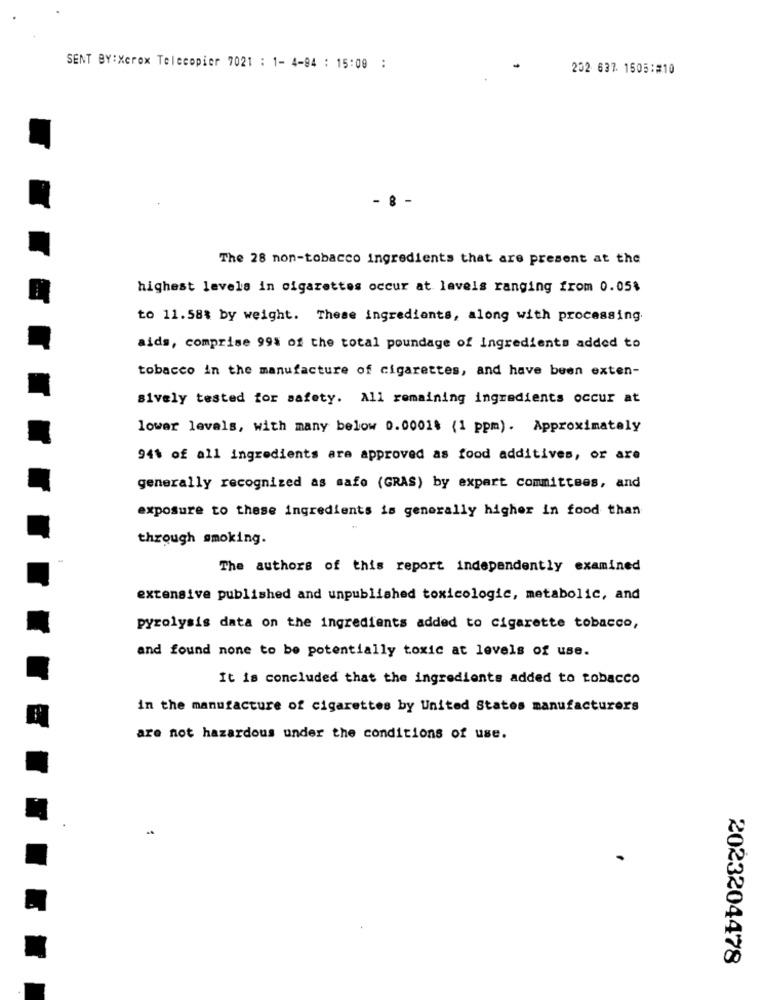
SENT BY:Xerox Telecopier 7021 : 1- 4-94 : 15:00 :
202 637. 1505:#10
- 8
The 28 non-tobacco ingredients that are present at the
highest levels in cigarettes occur at levels ranging from 0.05$
to 11.58% by weight. These ingredients, along with processing.
aids, comprise 99% of the total poundage of ingredients added to
tobacco in the manufacture of cigarettes, and have been exten-
sively tested for safety. All remaining ingredients occur at
lower levels, with many below 0.0001$ (1 ppm). Approximately
94% of all ingredients are approved as food additives, or are
generally recognized as safe (GRAS) by expert committees, and
exposure to these ingredients is generally higher in food than
through smoking.
The authors of this report independently examined
extensive published and unpublished toxicologic, metabolic, and
pyrolysis data on the ingredients added to cigarette tobacco,
and found none to be potentially toxic at levels of use.
It is concluded that the ingredients added to tobacco
in the manufacture of cigarettes by United States manufacturers
are not hazardous under the conditions of use.
2023204478